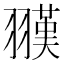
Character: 𦒅